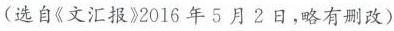
（选自《文汇报》2016年5月2日，略有删改）